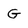
Character: G